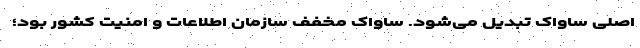
اصلی ساواک تبدیل می‌شود. ساواک مخفف سازمان اطلاعات و امنیت کشور بود؛